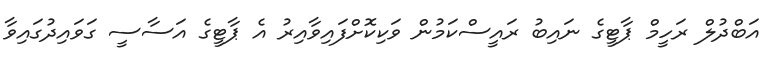
އަބްދުލް ރަހީމް ޕާޓީގެ ނައިބު ރައީސްކަމުން ވަކިކޮށްފައިވާއިރު އެ ޕާޓީގެ އަސާސީ ގަވައިދުގައިވާ